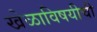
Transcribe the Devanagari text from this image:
खेळाविषयीची